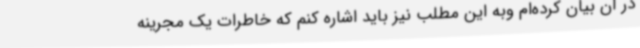
در آن بیان کرده‌ام وبه این مطلب نیز باید اشاره کنم که خاطرات یک مجرینه